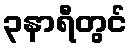
၃နာရီတွင်